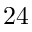
2 4